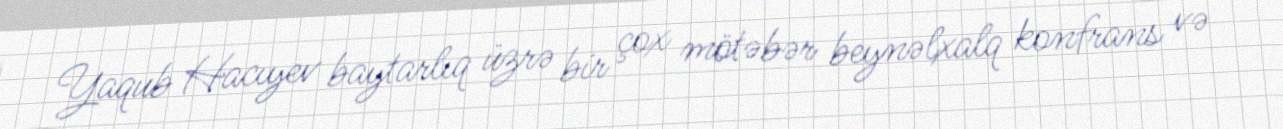
Yaqub Hacıyev baytarlıq üzrə bir çox mötəbər beynəlxalq konfrans və